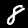
Label: 8